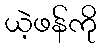
ယဲ့ဖန်ကို